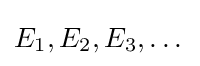
E_{1},E_{2},E_{3},\dotsc